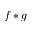
f * g